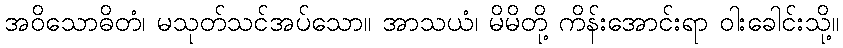
အဝိသောဓိတံ၊ မသုတ်သင်အပ်သော။ အာသယံ၊ မိမိတို့ ကိန်းအောင်းရာ ဝါးခေါင်းသို့။